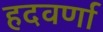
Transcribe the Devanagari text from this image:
हदवर्णा